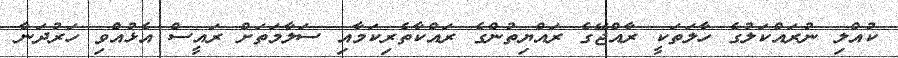
ކުއްލި ނުރައްކަލުގެ ހާލަތަކީ ރާއްޖޭގެ ރައްޔިތުންގެ ރައްކާތެރިކަމާއި ސަލާމަތަށް ރައީސް އެޅުއްވި ހަރުދަނާ